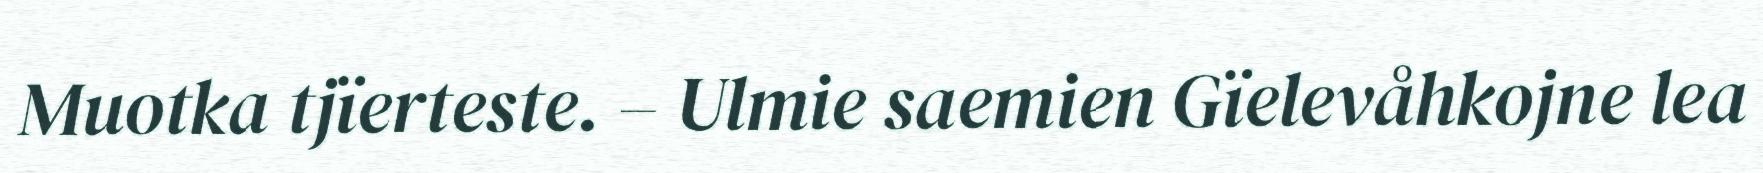
Muotka tjïerteste. – Ulmie saemien Gïelevåhkojne lea